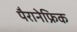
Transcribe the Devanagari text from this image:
पैरानेफ्रिक